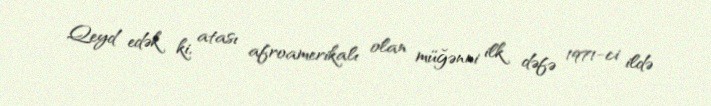
Qeyd edək ki, atası afroamerikalı olan müğənni ilk dəfə 1971-ci ildə